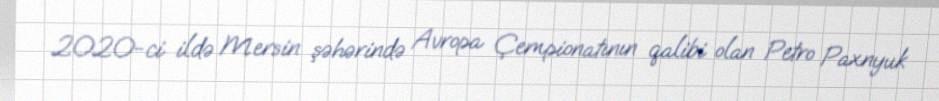
2020-ci ildə Mersin şəhərində Avropa Çempionatının qalibi olan Petro Paxnyuk